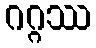
ဂဂ္ဂဿ